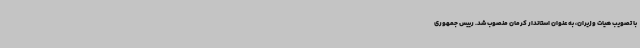
با تصویب هیات وزیران، به عنوان استاندار کرمان منصوب شد. رییس جمهوری